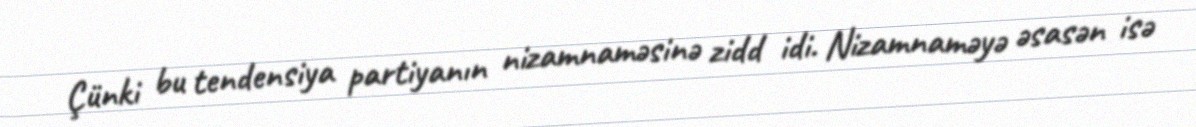
Çünki bu tendensiya partiyanın nizamnaməsinə zidd idi. Nizamnaməyə əsasən isə